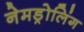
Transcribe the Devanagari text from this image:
नेमड्रोलिंग